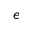
e